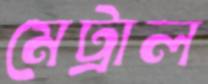
মেট্রাল